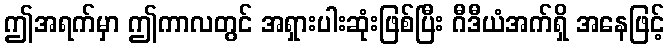
ဤအရက်မှာ ဤကာလတွင် အရှားပါးဆုံးဖြစ်ပြီး ဂီဒီယံအက်ရှိ အနေဖြင့်